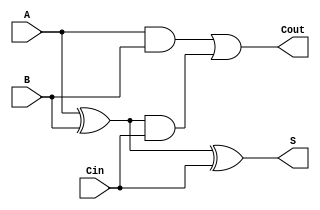
module TreeStructuredFullAdder (
    input wire A,      // First binary input
    input wire B,      // Second binary input
    input wire Cin,    // Carry input from the previous less significant bit
    output wire S,     // Sum output
    output wire Cout   // Carry output to the next more significant bit
);

// Intermediate signals
wire Sum1;          // Intermediate sum
wire Carry1;        // Carry from A and B
wire Carry2;        // Carry from Sum1 and Cin

// First level of logic
assign Sum1 = A ^ B;                // Calculate intermediate sum (A XOR B)
assign Carry1 = A & B;              // Calculate Carry1 (A AND B)

// Second level of logic
assign S = Sum1 ^ Cin;              // Final sum output (Sum1 XOR Cin)
assign Carry2 = Sum1 & Cin;         // Calculate Carry2 (Sum1 AND Cin)

// Final level of logic
assign Cout = Carry1 | Carry2;      // Final carry output (Carry1 OR Carry2)

endmodule